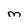
Character: M